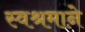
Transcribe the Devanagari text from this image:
स्वश्रमाने